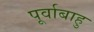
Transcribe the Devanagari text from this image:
पूर्वाबाहु